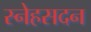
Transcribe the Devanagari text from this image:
स्नेहसदन